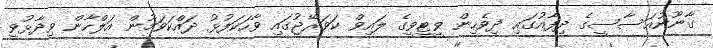
ގާނޫނުއަސާސީގެ ދިފާއުގައި ދިވެހިން ވީޓީވީގެ ލައިވް ކަވަރޭޖުގައި ވާހަކަފުޅު ދައްކަވަމުން އަލްހާން ވިދާޅުވީ